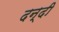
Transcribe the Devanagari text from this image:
दन्दी